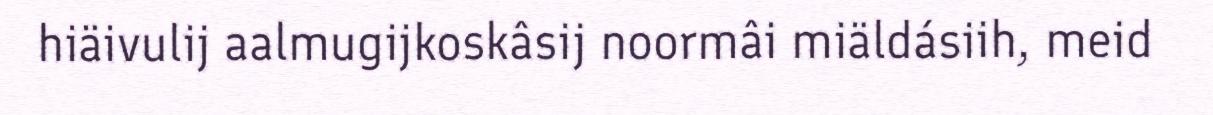
hiäivulij aalmugijkoskâsij noormâi miäldásiih, meid